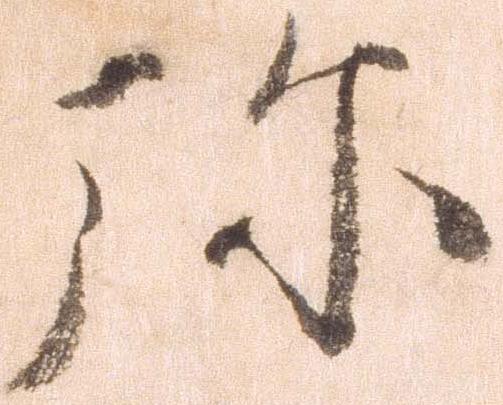
弥